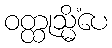
ဝတ္ထုသ္မိံပေ